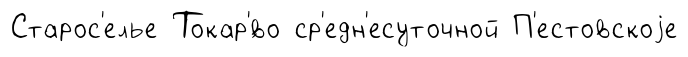
Старос'елье Токар'́во ср'едн'есуточной П'естовскоjе